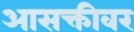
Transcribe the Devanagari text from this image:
आसक्तीवर